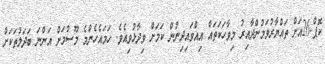
ކޮޕް-26އަށް ތައްޔާރުވަމުންދާއިރު މިވާހަކަތައް އިއްވައިދިނުން ކަމަށް ވިދާޅުވިއެވެ. ހަމައެހެންމެ މޫސުމަށް އަންނަ ބަދަލުތަކަށް